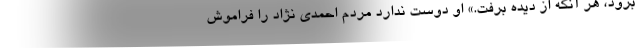
برود، هر آنکه از دیده برفت.» او دوست ندارد مردم احمدی نژاد را فراموش